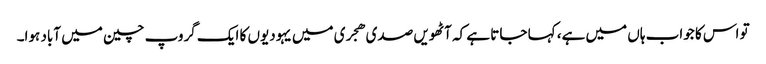
تو اس کا جواب ہاں میں ہے، کہا جاتا ہے کہ آٹھویں صدی ھجری میں یہودیوں کا ایک گروپ چین میں آباد ہوا۔